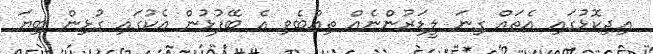
އިދިކޮޅުގައި އެތައް ގިނަ ލީޑަރުންނެއް ތިއްބެވި އެ ބޭފުޅުން އެކުގައި ގުޅިން ބިޔަ